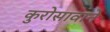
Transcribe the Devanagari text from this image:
कुरोसावाने